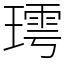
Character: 㻬